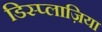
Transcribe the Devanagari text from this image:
डिस्प्लाज़िया